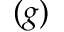
( g )